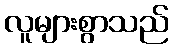
လူများစွာသည်